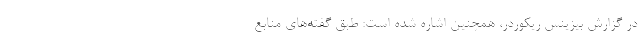
در گزارش بیزینس ریکوردر، همچنین اشاره شده است: طبق گفته‌های منابع